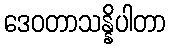
ဒေဝတာသန္နိပါတာ